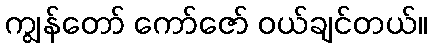
ကျွန်တော် ကော်ဇော် ဝယ်ချင်တယ်။